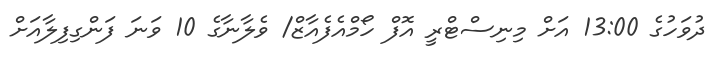
ދުވަހުގެ 13:00 އަށް މިނިސްޓްރީ އޮފް ހޯމްއެފެއާޒް/ ވެލާނާގެ 10 ވަނަ ފަންގިފިލާއަށް